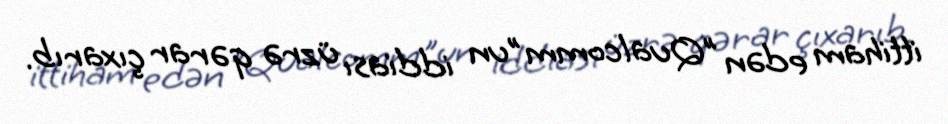
ittiham edən "Qualcomm"un iddiası üzrə qərar çıxarıb.